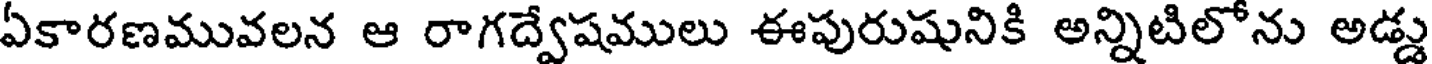
ఏకారణమువలన ఆ రాగద్వేషములు ఈపురుషునికి అన్నిటిలోను అడ్డు